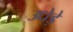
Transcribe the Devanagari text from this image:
उधेड़े